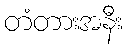
တံတားအနီး